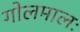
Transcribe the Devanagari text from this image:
गोलमालः